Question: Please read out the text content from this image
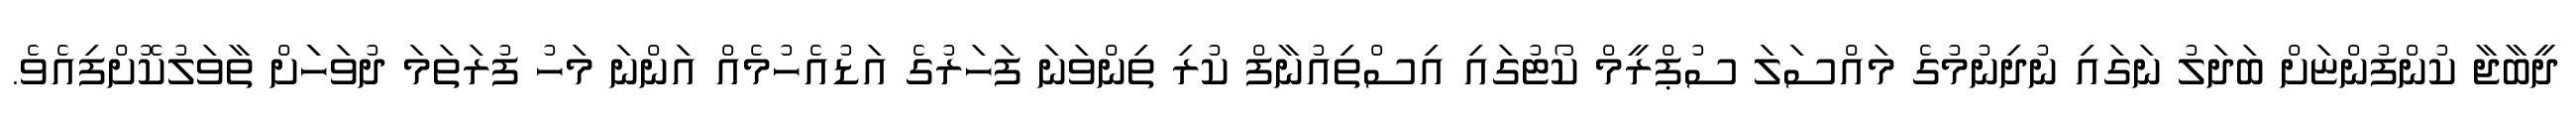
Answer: ދީބާޖާ ކުންފުންޏަށް ބަދަލު ނަގައި ނުދިނުމުގެ މައްސަލަ ސުޕްރީމް ކޯޓުގައި އިސްތިއުނާފް ކުރި ތިންވަނަ ފަހަރުގެ އަޑުއެހުމެއް އަންނަ މަހު ފުރަތަމަ ދުވަހަަށް ތާވަލުކޮށްފިއެވެ.